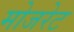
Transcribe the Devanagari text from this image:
मोजरेट